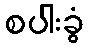
စပါးခွံ